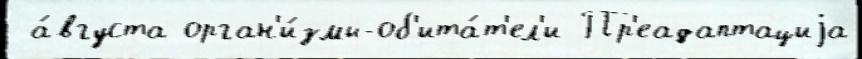
 а́вгуста орган'и́змы-об'ита́т'ел'и Пр'еадаптациjа